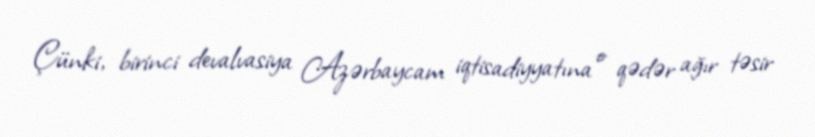
Çünki, birinci devalvasiya Azərbaycam iqtisadiyyatına o qədər ağır təsir